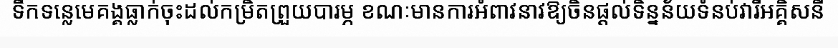
ទឹកទន្លេមេគង្គធ្លាក់ចុះដល់កម្រិតព្រួយបារម្ភ ខណៈមានការអំពាវនាវឱ្យចិនផ្តល់ទិន្នន័យទំនប់វារីអគ្គិសនី